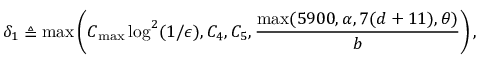
\delta _ { 1 } \triangleq \operatorname* { m a x } \left( C _ { \mathrm { m a x } } \log ^ { 2 } ( 1 / \epsilon ) , C _ { 4 } , C _ { 5 } , \frac { \operatorname* { m a x } ( 5 9 0 0 , \alpha , 7 ( d + 1 1 ) , \theta ) } { b } \right) ,